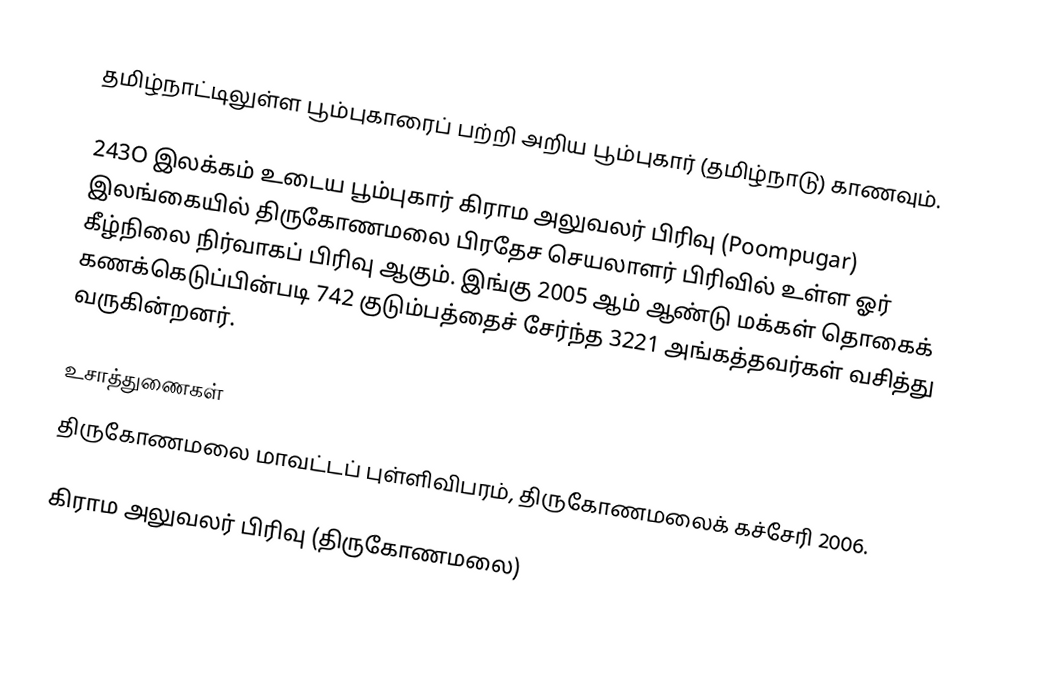
தமிழ்நாட்டிலுள்ள பூம்புகாரைப் பற்றி அறிய பூம்புகார் (தமிழ்நாடு) காணவும்.

243O இலக்கம்  உடைய பூம்புகார் கிராம அலுவலர் பிரிவு (Poompugar) இலங்கையில் திருகோணமலை பிரதேச செயலாளர் பிரிவில் உள்ள ஓர் கீழ்நிலை நிர்வாகப் பிரிவு ஆகும். இங்கு 2005 ஆம் ஆண்டு மக்கள் தொகைக் கணக்கெடுப்பின்படி 742 குடும்பத்தைச் சேர்ந்த 3221 அங்கத்தவர்கள் வசித்து வருகின்றனர்.

உசாத்துணைகள்
திருகோணமலை மாவட்டப் புள்ளிவிபரம், திருகோணமலைக் கச்சேரி 2006.

கிராம அலுவலர் பிரிவு (திருகோணமலை)